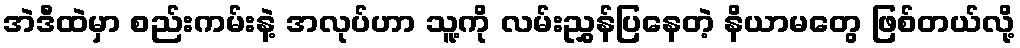
အဲဒီထဲမှာ စည်းကမ်းနဲ့ အလုပ်ဟာ သူ့ကို လမ်းညွှန်ပြနေတဲ့ နိယာမတွေ ဖြစ်တယ်လို့